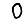
Digit: 0